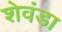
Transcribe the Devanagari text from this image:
शेवंडा